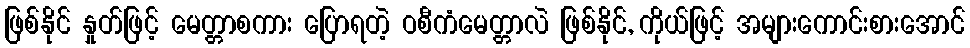
ဖြစ်နိုင် နှုတ်ဖြင့် မေတ္တာစကား ပြောရတဲ့ ဝစီကံမေတ္တာလဲ ဖြစ်နိုင်, ကိုယ်ဖြင့် အများကောင်းစားအောင်